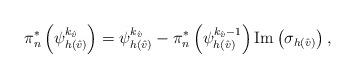
LaTeX: \begin{align*} \pi_{n}^\ast \left(\psi_{h(\hat{v})}^{k_{\hat{v}}} \right) = \psi_{h(\hat{v})}^{k_{\hat{v}}} - \pi_{n}^\ast \left(\psi_{h(\hat{v})}^{k_{\hat{v}}-1} \right) \textrm{Im}\left(\sigma_{h(\hat{v})}\right),\end{align*}